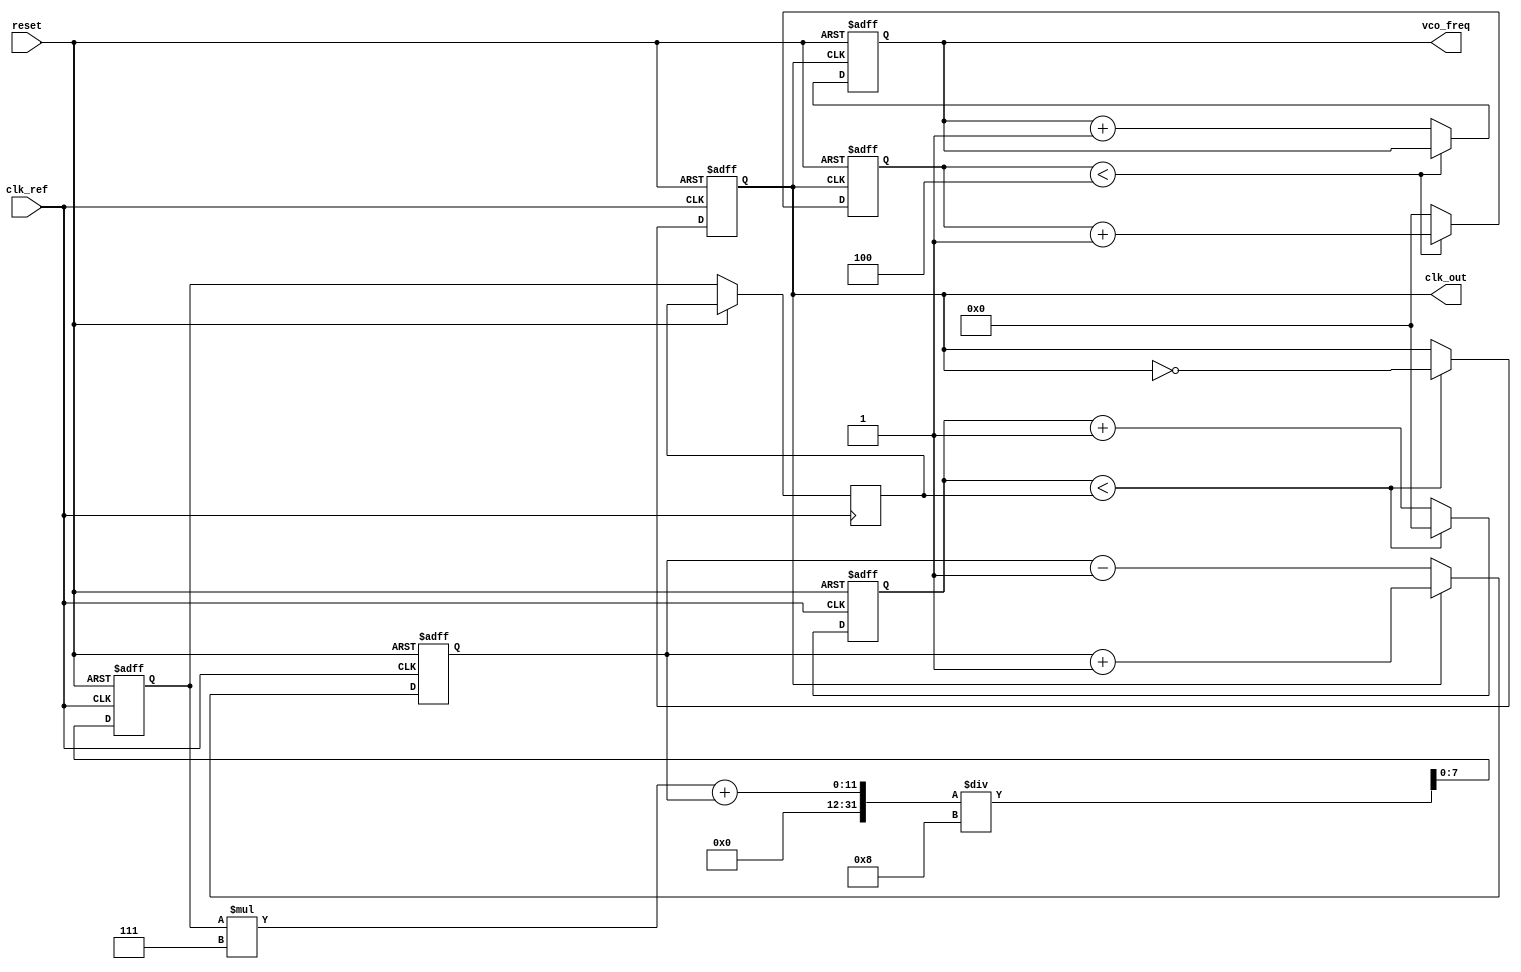
module frac_n_pll (
    input wire clk_ref,           // Reference clock input
    input wire reset,             // Reset signal
    output reg clk_out,           // Output clock
    output reg [7:0] vco_freq     // VCO frequency output (for monitoring)
);

// Parameters for the PLL
parameter N = 4;                 // Integer division factor
parameter M = 3;                 // Fractional division factor
parameter LOOP_FILTER_COEFF = 8; // Loop filter coefficient

// Internal signals
reg [7:0] phase_error;           // Phase error signal
reg [7:0] control_voltage;       // Control voltage for VCO
reg [7:0] vco_count;             // VCO counter
reg [7:0] divider_count;         // Frequency divider counter
reg [7:0] loop_filter;           // Loop filter output

// Phase Detector (PD)
always @(posedge clk_ref or posedge reset) begin
    if (reset) begin
        phase_error <= 0;
    end else begin
        // Simple phase detector logic (for illustration)
        // Compare reference clock with feedback clock
        if (clk_out) begin
            phase_error <= phase_error + 1; // Increment error
        end else begin
            phase_error <= phase_error - 1; // Decrement error
        end
    end
end

// Loop Filter
always @(posedge clk_ref or posedge reset) begin
    if (reset) begin
        loop_filter <= 0;
    end else begin
        // Simple low-pass filter implementation
        loop_filter <= (loop_filter * (LOOP_FILTER_COEFF - 1) + phase_error) / LOOP_FILTER_COEFF;
        control_voltage <= loop_filter; // Control voltage for VCO
    end
end

// Voltage-Controlled Oscillator (VCO)
always @(posedge clk_ref or posedge reset) begin
    if (reset) begin
        vco_count <= 0;
        clk_out <= 0;
    end else begin
        // VCO frequency control based on control voltage
        if (vco_count < control_voltage) begin
            clk_out <= ~clk_out; // Toggle output clock
            vco_count <= 0; // Reset counter
        end else begin
            vco_count <= vco_count + 1; // Increment VCO counter
        end
    end
end

// Frequency Divider
always @(posedge clk_out or posedge reset) begin
    if (reset) begin
        divider_count <= 0;
        vco_freq <= 0;
    end else begin
        // Simple frequency division logic
        if (divider_count < N) begin
            divider_count <= divider_count + 1;
        end else begin
            divider_count <= 0;
            vco_freq <= vco_freq + 1; // Increment VCO frequency output
        end
    end
end

endmodule